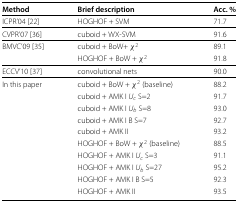
| Method | Brief description | Acc. % |
 | --- | --- | --- |
 | ICPR’04 [22] | HOGHOF + SVM | 71.7 |
 | CVPR’07 [36] | cuboid + WX-SVM | 91.6 |
 | BMVC’09 [35] | cuboid + BoW+ χ2 | 89.1 |
 |  | HOGHOF + BoW + χ2 | 91.8 |
 | ECCV’10 [37] | convolutional nets | 90.0 |
 | In this paper | cuboid + BoW + χ2 (baseline) | 88.2 |
 |  | cuboid + AMK I Uc S=2 | 91.7 |
 |  | cuboid + AMK I Ub S=8 | 93.0 |
 |  | cuboid + AMK I B S=7 | 92.7 |
 |  | cuboid + AMK II | 93.2 |
 |  | HOGHOF + BoW + χ2 (baseline) | 88.5 |
 |  | HOGHOF + AMK I Uc S=3 | 91.1 |
 |  | HOGHOF + AMK I Ub S=27 | 95.2 |
 |  | HOGHOF + AMK I B S=5 | 92.3 |
 |  | HOGHOF + AMK II | 93.5 |